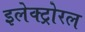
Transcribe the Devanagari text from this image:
इलेक्ट्रोरल